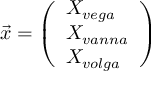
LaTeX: { \vec { x } } = { \left( \begin{array} { l } { X _ { v e g a } } \\ { X _ { v a n n a } } \\ { X _ { v o l g a } } \end{array} \right) }